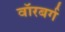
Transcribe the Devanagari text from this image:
वॉरबर्ग